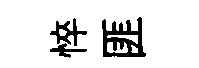
悴匪